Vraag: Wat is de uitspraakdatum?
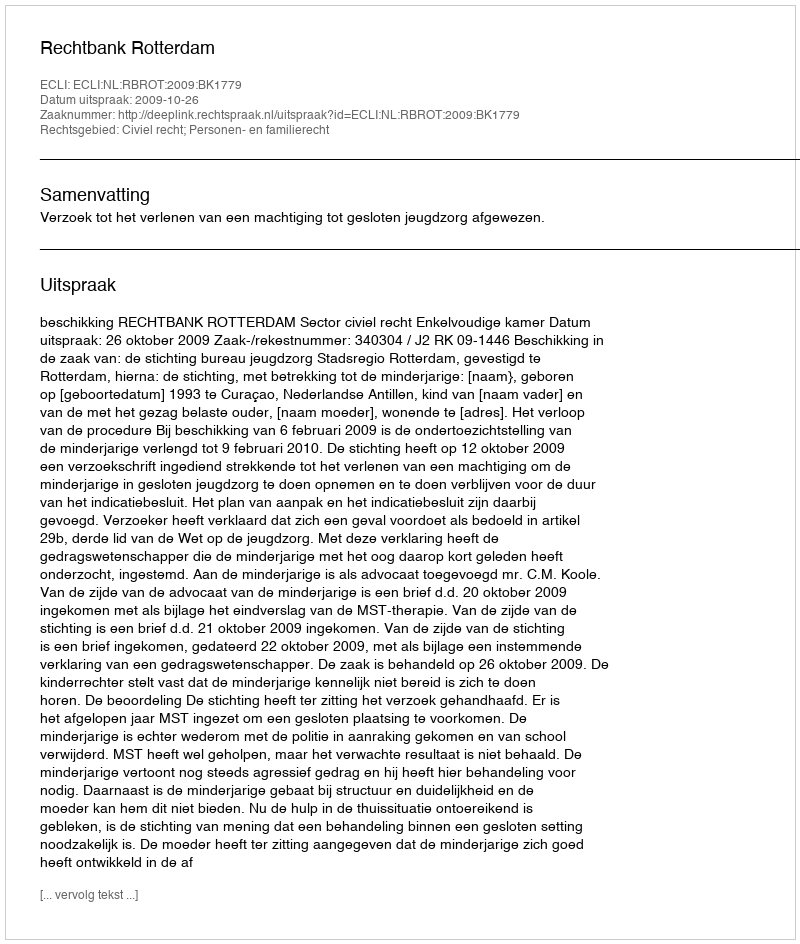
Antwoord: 2009-10-26